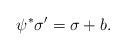
\begin{align*}\psi^{*}\sigma' = \sigma + b.\end{align*}